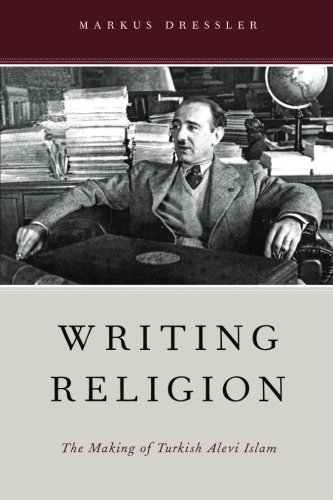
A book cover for Writing Religion: The Making of Turkish Alevi Islam (AAR Reflection and Theory in the Study of Religion); Markus Dressler; Religion & Spirituality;